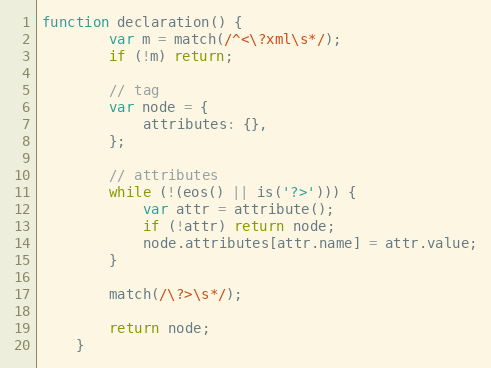
Language: JavaScript
function declaration() {
		var m = match(/^<\?xml\s*/);
		if (!m) return;

		// tag
		var node = {
			attributes: {},
		};

		// attributes
		while (!(eos() || is('?>'))) {
			var attr = attribute();
			if (!attr) return node;
			node.attributes[attr.name] = attr.value;
		}

		match(/\?>\s*/);

		return node;
	}